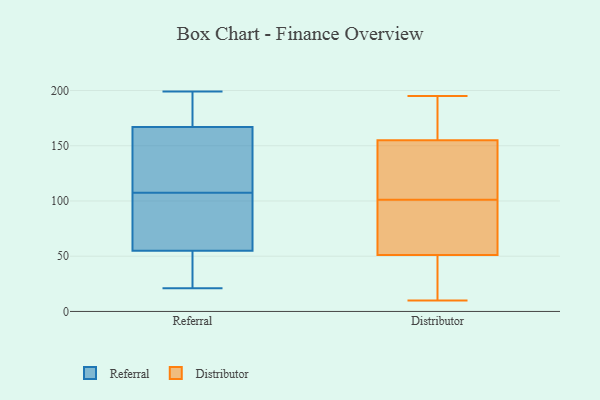
{"axis": {"x": "Conversion Rate (%)", "y": "Value"}, "legend": ["Distributor", "Referral"], "data": [{"x": "", "y": 21, "type": "Referral"}, {"x": "", "y": 53, "type": "Referral"}, {"x": "", "y": 38, "type": "Referral"}, {"x": "", "y": 73, "type": "Referral"}, {"x": "", "y": 140, "type": "Referral"}, {"x": "", "y": 52, "type": "Referral"}, {"x": "", "y": 168, "type": "Referral"}, {"x": "", "y": 199, "type": "Referral"}, {"x": "", "y": 174, "type": "Referral"}, {"x": "", "y": 112, "type": "Referral"}, {"x": "", "y": 166, "type": "Referral"}, {"x": "", "y": 114, "type": "Referral"}, {"x": "", "y": 57, "type": "Referral"}, {"x": "", "y": 59, "type": "Referral"}, {"x": "", "y": 92, "type": "Referral"}, {"x": "", "y": 52, "type": "Referral"}, {"x": "", "y": 181, "type": "Referral"}, {"x": "", "y": 103, "type": "Referral"}, {"x": "", "y": 172, "type": "Referral"}, {"x": "", "y": 115, "type": "Referral"}, {"x": "", "y": 43, "type": "Distributor"}, {"x": "", "y": 50, "type": "Distributor"}, {"x": "", "y": 81, "type": "Distributor"}, {"x": "", "y": 155, "type": "Distributor"}, {"x": "", "y": 20, "type": "Distributor"}, {"x": "", "y": 159, "type": "Distributor"}, {"x": "", "y": 117, "type": "Distributor"}, {"x": "", "y": 63, "type": "Distributor"}, {"x": "", "y": 10, "type": "Distributor"}, {"x": "", "y": 131, "type": "Distributor"}, {"x": "", "y": 128, "type": "Distributor"}, {"x": "", "y": 185, "type": "Distributor"}, {"x": "", "y": 183, "type": "Distributor"}, {"x": "", "y": 53, "type": "Distributor"}, {"x": "", "y": 142, "type": "Distributor"}, {"x": "", "y": 51, "type": "Distributor"}, {"x": "", "y": 85, "type": "Distributor"}, {"x": "", "y": 195, "type": "Distributor"}]}